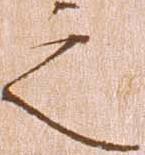
之